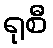
ရုစီ